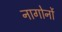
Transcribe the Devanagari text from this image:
नागोर्नो